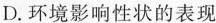
D. 环境影响性状的表现